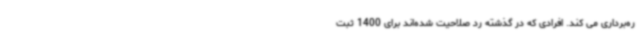
ره‌برداری می کند. افرادی که در گذشته رد صلاحیت شده‌اند برای 1400 ثبت